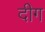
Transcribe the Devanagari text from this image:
दीग